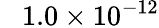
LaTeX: {\phantom{-}1.0\times 10^{-12}}